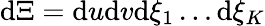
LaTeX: \mathrm{d}\Xi=\mathrm{d}u\mathrm{d}v\mathrm{d}{{\xi}_{1}}\ldots\mathrm{d}{{\xi}_{K}}